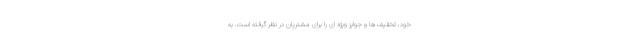
خود، تخقیف ها و جوایز ویژه ای را برای مشتریان در نظر گرفته است. به